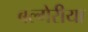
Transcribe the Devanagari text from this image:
बल्गेरीया